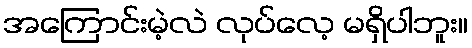
အကြောင်းမဲ့လဲ လုပ်လေ့ မရှိပါဘူး။